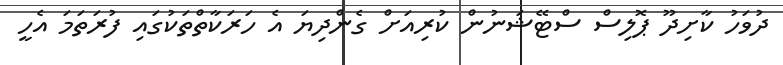
ދުވަހު ކާށިދޫ ޕޮލިސް ސްޓޭޝަނުން ކުރިއަށް ގެންދިޔަ އެ ހަރަކާތްތަކުގައި ފުރަތަމަ އެހީ